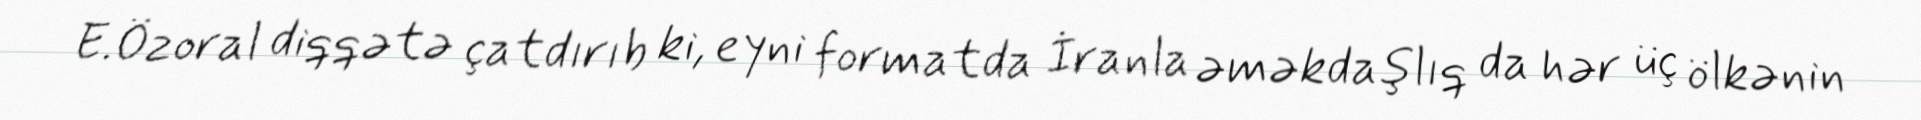
E.Özoral diqqətə çatdırıb ki, eyni formatda İranla əməkdaşlıq da hər üç ölkənin